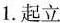
1.起立